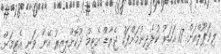
ލިވަޕޫލްއަށް 17 އަހަރު ކުޅެދިނުމަށްފަހު ޖެރާޑް އެޓީމު ދޫކޮށްލިއިރު އޭނާ ވަނީ އެޓީމަށް